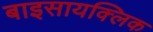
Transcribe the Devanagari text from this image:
बाइसायक्लिक